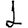
Digit: 1